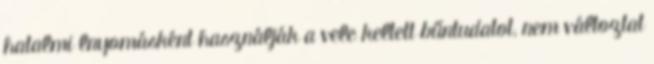
hatalmi lnyomásként használják a vele keltett bűntudatot, nem változtat